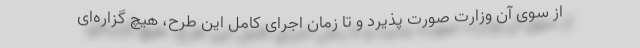
از سوی آن وزارت صورت پذیرد و تا زمان اجرای کامل این طرح، هیچ گزاره‌ای